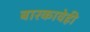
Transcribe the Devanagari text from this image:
बारकावेही